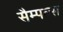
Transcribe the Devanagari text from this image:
सैम्पल्स